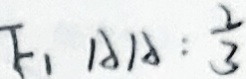
F _ { 1 } A A : \frac { 2 } { 3 }